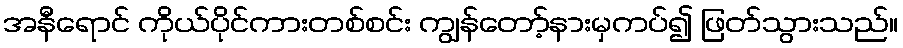
အနီရောင် ကိုယ်ပိုင်ကားတစ်စင်း ကျွန်တော့်နားမှကပ်၍ ဖြတ်သွားသည်။